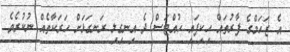
އެ ޒަހަމްގެ ފާރުތައް ހިކިފައި ހުއްޓަސް ދެ އިނގިލި ރަނގަޅަށް ހަރަކާތެއް ނުކުރެވެ